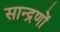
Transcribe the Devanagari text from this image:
सान्द्रणों